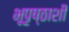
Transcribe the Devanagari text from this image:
भूपृष्ठाशी